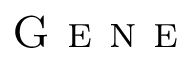
\textsc { G e n e }